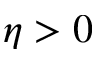
\eta > 0